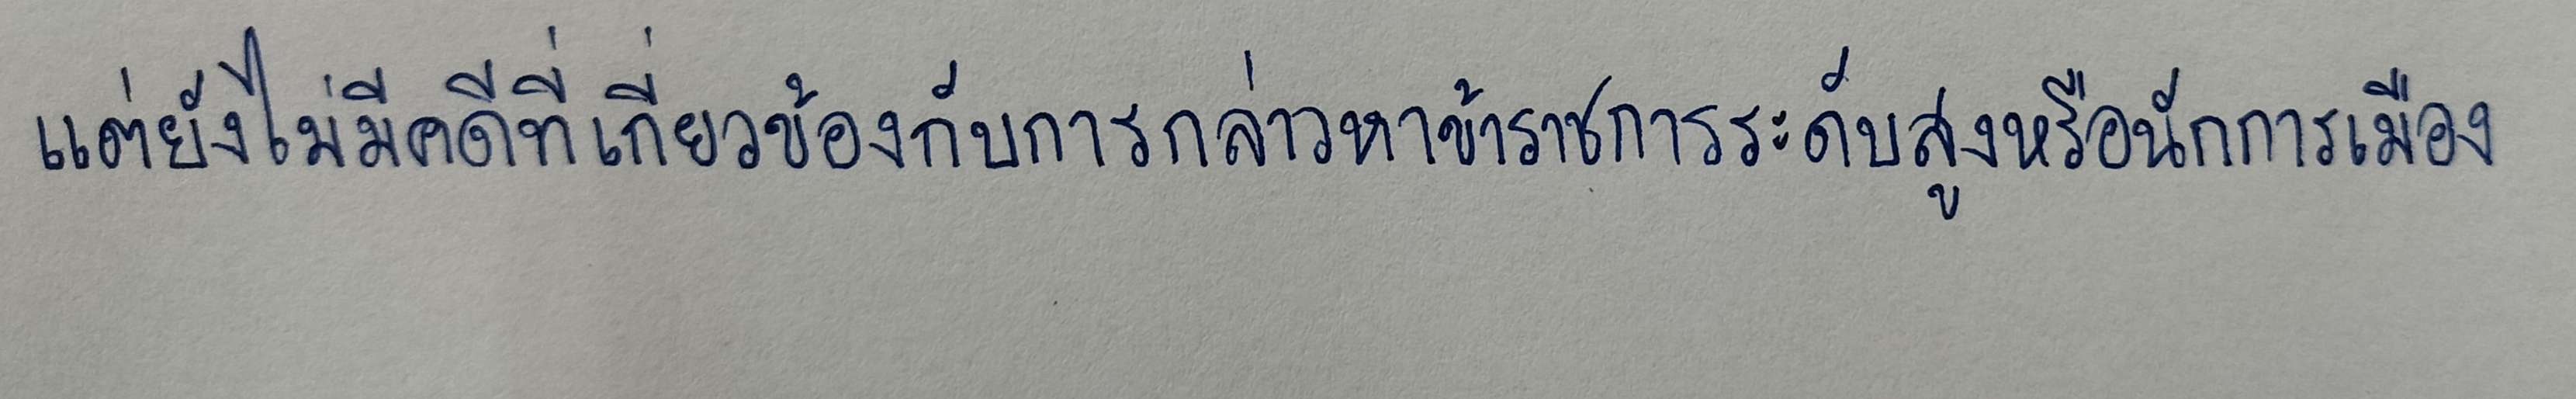
แต่ยังไม่มีคดีที่เกี่ยวข้องกับการกล่าวหาข้าราชการระดับสูงหรือนักการเมือง